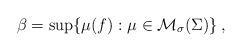
LaTeX: \begin{align*}\beta = \sup \{\mu(f) : \mu \in \mathcal{M}_{\sigma}(\Sigma) \} \,,\end{align*}